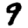
Digit: 9